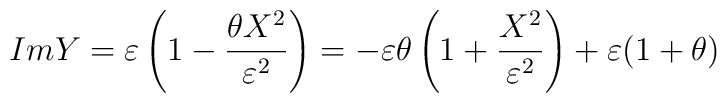
ImY=\varepsilon \left( 1-\frac{\theta X^{2}}{\varepsilon ^{2}}\right) =-\varepsilon \theta \left( 1+\frac{X^{2}}{\varepsilon ^{2}}\right) +\varepsilon (1+\theta )